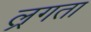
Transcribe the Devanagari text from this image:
ल्रगता